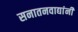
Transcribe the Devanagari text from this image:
सनातनवाद्यांनी